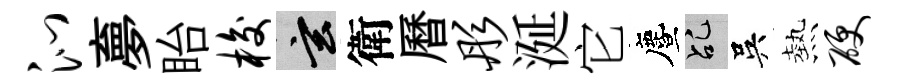
沁夣眙梭玄衛曆彤涎它󵨌乩吳熱硬